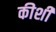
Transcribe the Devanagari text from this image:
कीशी